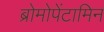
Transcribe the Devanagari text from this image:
ब्रोमोपेंटामिन